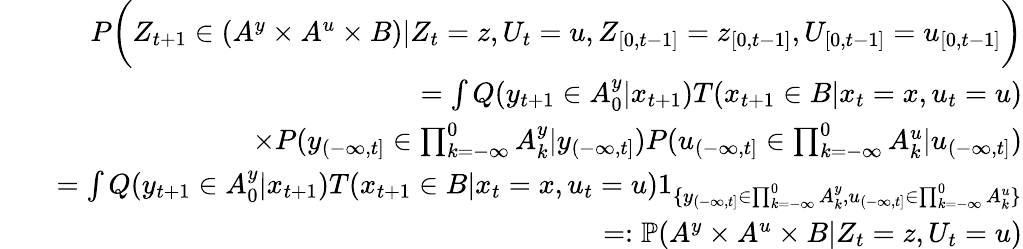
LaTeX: \begin{array}{rlr}&{}&{P\bigg(Z_{t+1}\in(A^{y}\times A^{u}\times B)|Z_{t}=z,U_{t}=u,Z_{[0,t-1]}=z_{[0,t-1]},U_{[0,t-1]}=u_{[0,t-1]}\bigg)}\\ &{}&{=\int Q(y_{t+1}\in A_{0}^{y}|x_{t+1})T(x_{t+1}\in B|x_{t}=x,u_{t}=u)}\\ &{}&{\quad\quad\quad\quad\quad\quad\times P(y_{(-\infty,t]}\in\prod_{k=-\infty}^{0}A_{k}^{y}|y_{(-\infty,t]})P(u_{(-\infty,t]}\in\prod_{k=-\infty}^{0}A_{k}^{u}|u_{(-\infty,t]})}\\ &{}&{=\int Q(y_{t+1}\in A_{0}^{y}|x_{t+1})T(x_{t+1}\in B|x_{t}=x,u_{t}=u)1_{\{ y_{(-\infty,t]}\in\prod_{k=-\infty}^{0}A_{k}^{y},u_{(-\infty,t]}\in\prod_{k=-\infty}^{0}A_{k}^{u}\} }}\\ &{}&{=:\mathbb{P}(A^{y}\times A^{u}\times B|Z_{t}=z,U_{t}=u)}\end{array}